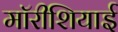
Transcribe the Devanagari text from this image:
मॉरीशियाई